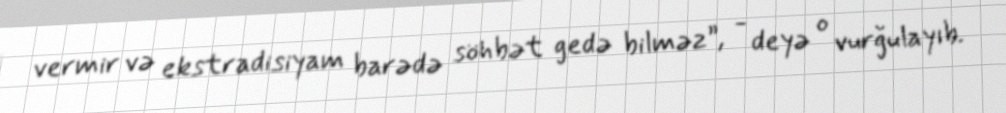
vermir və ekstradisiyam barədə söhbət gedə bilməz”, - deyə o vurğulayıb.